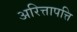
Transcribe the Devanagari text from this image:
अरित्तापत्ति